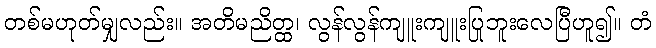
တစ်မဟုတ်မျှလည်း။ အတိမညိတ္ထ၊ လွန်လွန်ကျူးကျူးပြုဘူးလေပြီဟူ၍။ တံ